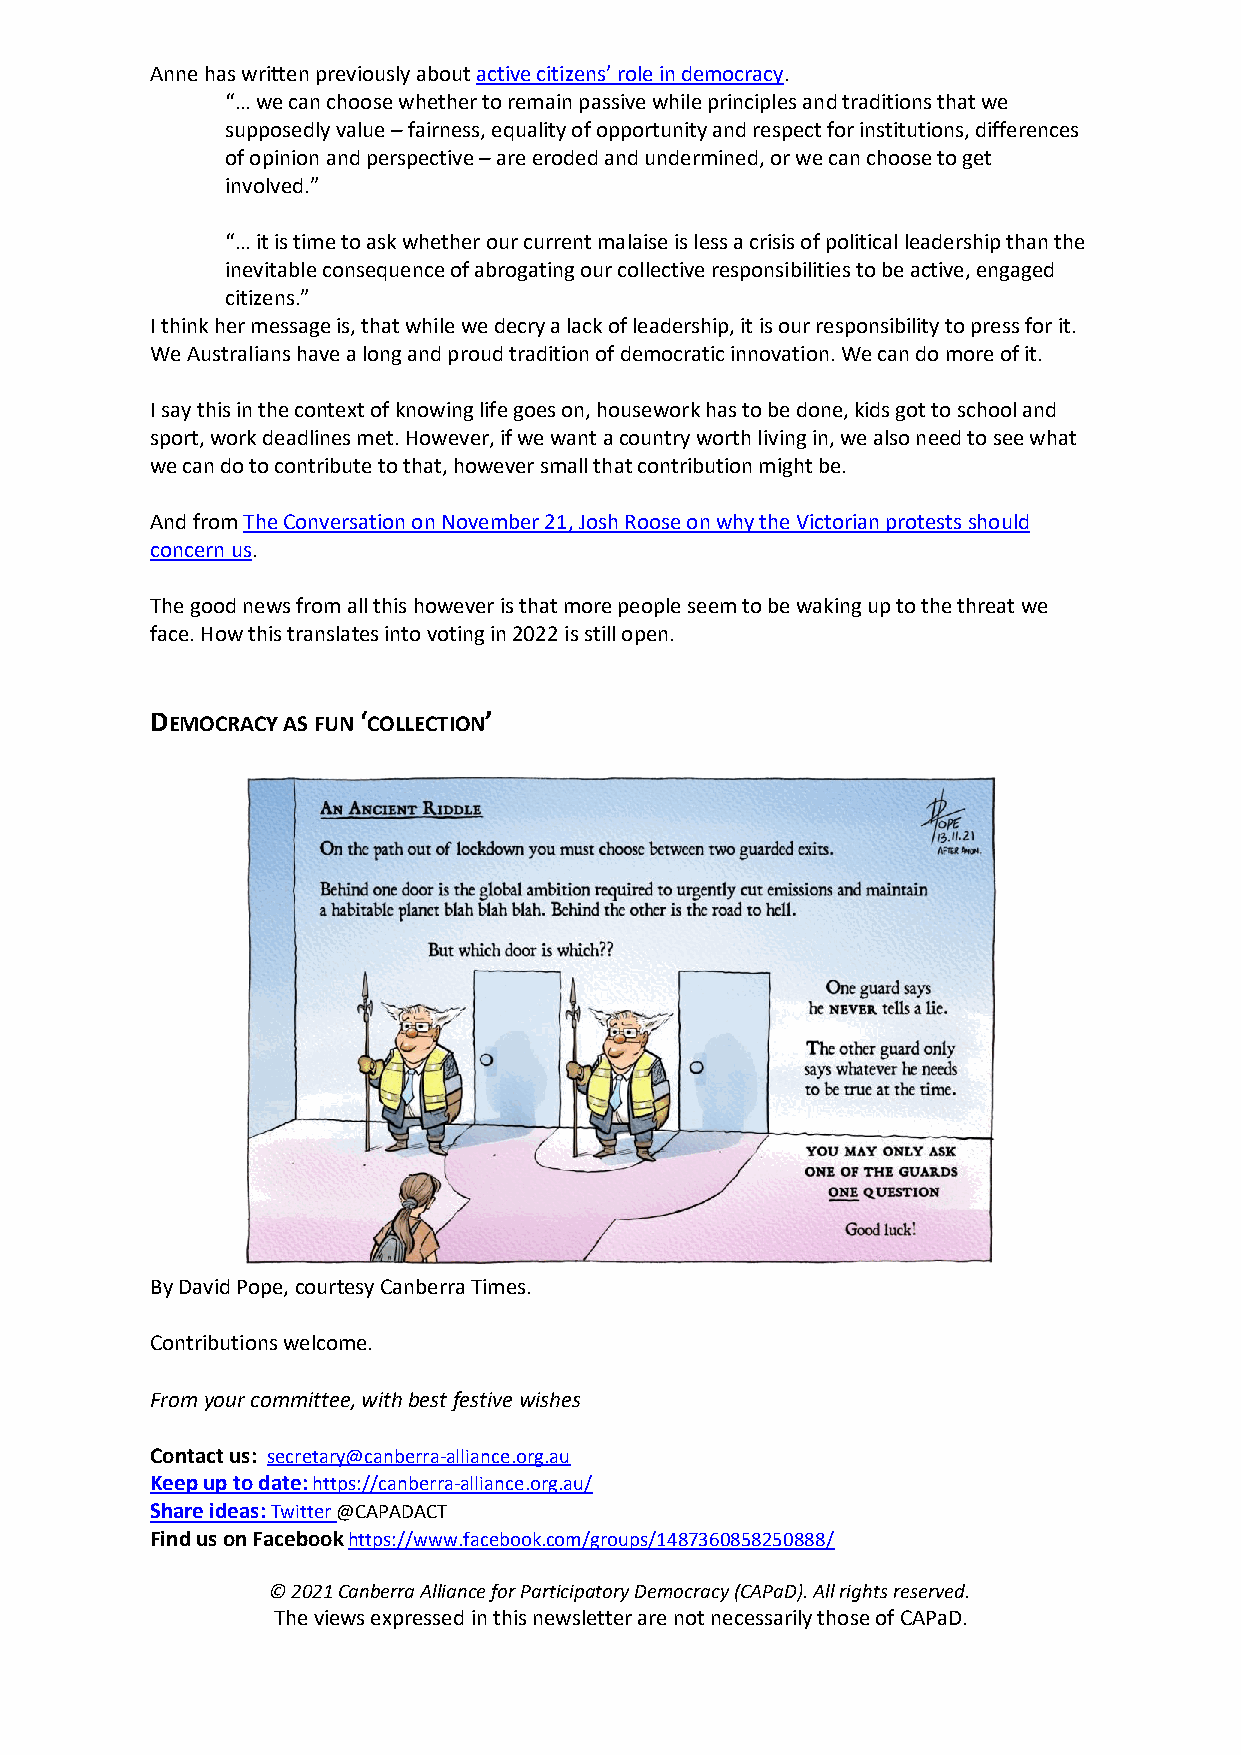
Anne has written previously about active citizens’ role in democracy.
 “… we can choose whether to remain passive while principles and traditions that we
 supposedly value – fairness, equality of opportunity and respect for institutions, differences
 of opinion and perspective – are eroded and undermined, or we can choose to get
 involved.”
 “… it is time to ask whether our current malaise is less a crisis of political leadership than the
 inevitable consequence of abrogating our collective responsibilities to be active, engaged
 citizens.”
 I think her message is, that while we decry a lack of leadership, it is our responsibility to press for it.
 We Australians have a long and proud tradition of democratic innovation. We can do more of it.
 I say this in the context of knowing life goes on, housework has to be done, kids got to school and
 sport, work deadlines met. However, if we want a country worth living in, we also need to see what
 we can do to contribute to that, however small that contribution might be.
 And from The Conversation on November 21, Josh Roose on why the Victorian protests should
 concern us.
 The good news from all this however is that more people seem to be waking up to the threat we
 face. How this translates into voting in 2022 is still open.
 DEMOCRACY AS FUN ‘COLLECTION’
 By David Pope, courtesy Canberra Times.
 Contributions welcome.
 From your committee, with best festive wishes
 Contact us: secretary@canberra-alliance.org.au
 Keep up to date: https://canberra-alliance.org.au/
 Share ideas: Twitter @CAPADACT
 Find us on Facebook https://www.facebook.com/groups/1487360858250888/
 © 2021 Canberra Alliance for Participatory Democracy (CAPaD). All rights reserved.
 The views expressed in this newsletter are not necessarily those of CAPaD.